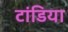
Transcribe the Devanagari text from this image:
टांडिया